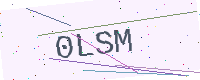
Text: 0LSM